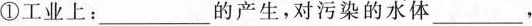
①工业上：___的产生，对污染的水体___，